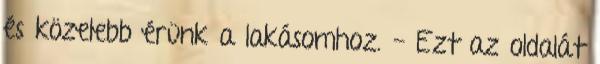
és közelebb érünk a lakásomhoz. - Ezt az oldalát